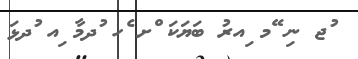
ުޖ ނި ޭމ ިއރު ބަޔަކަ ްށ ެހ ުދމާ ިއ ުދޅަ